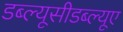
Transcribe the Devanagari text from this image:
डब्ल्यूसीडब्ल्यूए